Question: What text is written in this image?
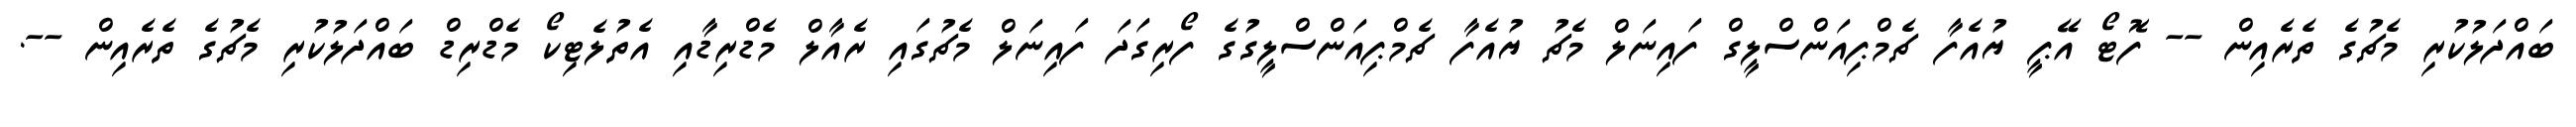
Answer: ބައްދަލުކުރި މެޗުގެ ތެރެއިން -- ފޮޓޯ އޭޕީ ޔުއެފާ ޗެމްޕިއަންސްލީގް ފައިނަލް މެޗު ޔުއެފާ ޗެމްޕިއަންސްލީގުގެ ފޯރިގަދަ ފައިނަލް މެޗުގައި ރެއާލް މެޑްރިޑާއި އެތުލެޓިކޯ މެޑްރިޑް ބައްދަލުކުރި މެޗުގެ ތެރެއިން --.